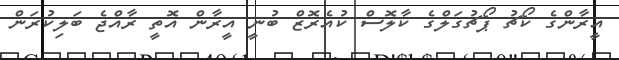
އީރާންގެ ކޯޗު ޕޯޗުގަލްގެ ކާލޮސް ކުއެރޮޒް ބުނީ އީރާން އޮތީ ރާއްޖެ ބަލިކުރަން